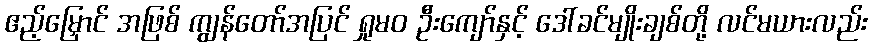
ဧည့်မြှောင် အဖြစ် ကျွန်တော်အပြင် ရှုမဝ ဦးကျော်နှင့် ဒေါ်ခင်မျိုးချစ်တို့ လင်မယားလည်း